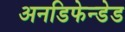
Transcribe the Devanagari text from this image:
अनडिफेन्डेड